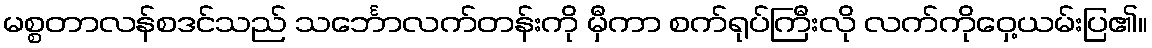
မစ္စတာလန်စဒင်သည် သင်္ဘောလက်တန်းကို မှီကာ စက်ရုပ်ကြီးလို လက်ကိုဝှေ့ယမ်းပြ၏။